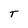
Character: T